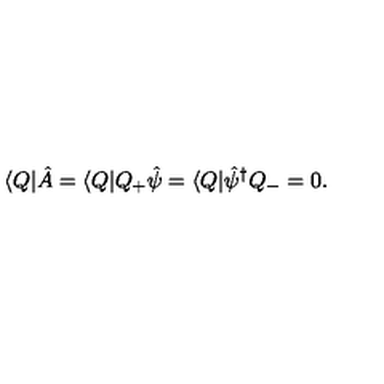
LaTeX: \langle Q | \hat { A } = \langle Q | Q _ { + } \hat { \psi } = \langle Q | \hat { \psi } ^ { \dagger } Q _ { - } = 0 .